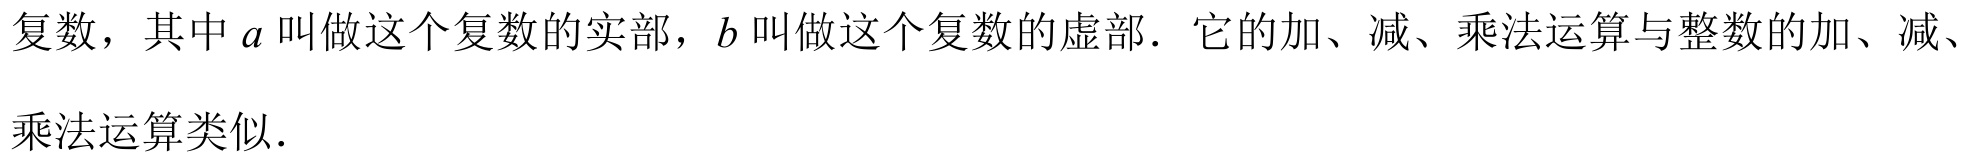
复数，其中\(a\)叫做这个复数的实部，\(b\)叫做这个复数的虚部．它的加、减、乘法运算与整数的加、减、乘法运算类似．